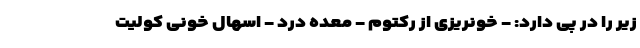
زیر را در پی دارد: - خونریزی از رکتوم - معده درد - اسهال خونی کولیت